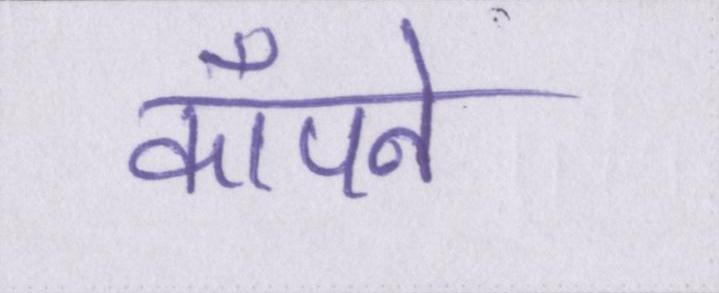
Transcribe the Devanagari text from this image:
कॉँपने